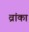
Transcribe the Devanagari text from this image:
व्रांका